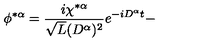
\phi ^ { * \alpha } = \frac { i \chi ^ { * \alpha } } { \sqrt { L } ( D ^ { \alpha } ) ^ { 2 } } e ^ { - i D ^ { \alpha } t } -